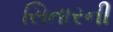
સિતારની